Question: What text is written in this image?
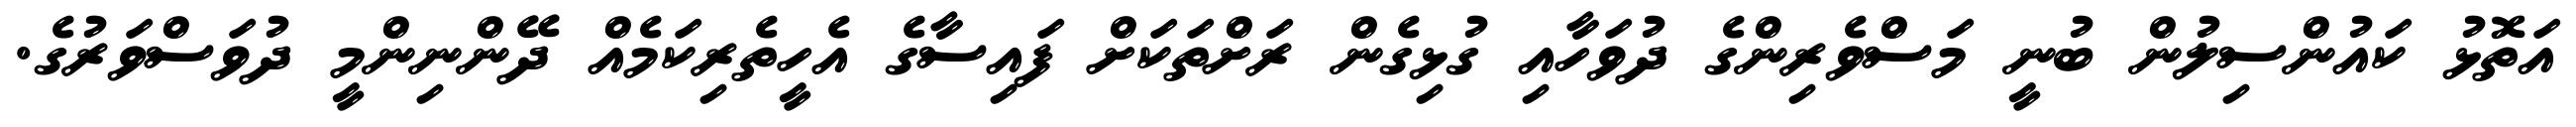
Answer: އަތޮޅު ކައުންސިލުން ބުނީ މަސްވެރިންގެ ދުވަހާއި ގުޅިގެން ރަށްތަކަށް ފައިސާގެ އެހީތެރިކަމެއް ދޭންނިންމީ ދުވަސްވަރުގެ.